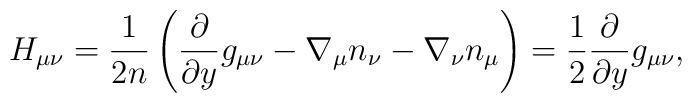
H_{\mu\nu} =\frac1{2n} \left( \frac{\partial}{\partial y} g_{\mu\nu}  - \nabla_\mu n_\nu - \nabla_\nu n_\mu \right)   = \frac12 \frac{\partial}{\partial y} g_{\mu\nu},